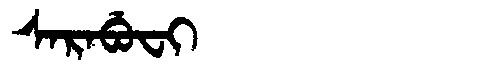
Manchu: ᠰᠠᡵᠠᠪᡠᠸᡳ
Romanization: SARABUFI